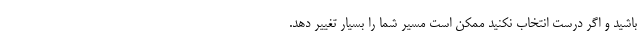
باشید و اگر درست انتخاب نکنید ممکن است مسیر شما را بسیار تغییر دهد.